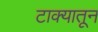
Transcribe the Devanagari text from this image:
टाक्यातून